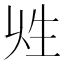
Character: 𤯖